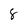
Character: 8